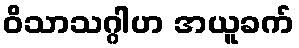
ဝိသာသဂ္ဂါဟ အယူခက်